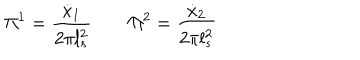
\Pi ^ { 1 } = \frac { \dot { x } _ { 1 } } { 2 \pi l _ { s } ^ { 2 } } \qquad \Pi ^ { 2 } = \frac { \dot { x } _ { 2 } } { 2 \pi l _ { s } ^ { 2 } }